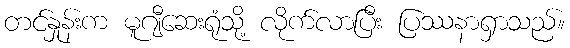
တင်နှုန်းက မူဂျီဆေးရုံသို့ လိုက်လာပြီး ပြဿနာရှာသည်။